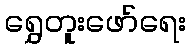
ရွှေတူးဖော်ရေး